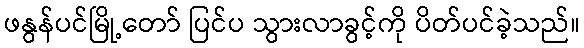
ဖနွန်ပင်မြို့တော် ပြင်ပ သွားလာခွင့်ကို ပိတ်ပင်ခဲ့သည်။